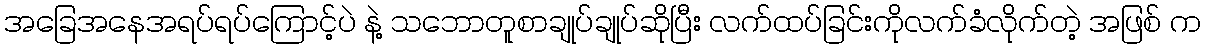
အခြေအနေအရပ်ရပ်ကြောင့်ပဲ နဲ့ သဘောတူစာချုပ်ချုပ်ဆိုပြီး လက်ထပ်ခြင်းကိုလက်ခံလိုက်တဲ့ အဖြစ် က